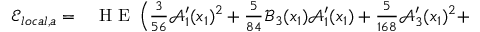
\begin{array} { r l } { \mathcal { E } _ { l o c a l , a } = } & { { } \textup { H E } \left( \frac { 3 } { 5 6 } \mathcal { A } _ { 1 } ^ { \prime } ( x _ { 1 } ) ^ { 2 } + \frac { 5 } { 8 4 } \mathcal { B } _ { 3 } ( x _ { 1 } ) \mathcal { A } _ { 1 } ^ { \prime } ( x _ { 1 } ) + \frac { 5 } { 1 6 8 } \mathcal { A } _ { 3 } ^ { \prime } ( x _ { 1 } ) ^ { 2 } + \right. } \end{array}